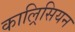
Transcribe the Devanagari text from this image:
काल्रिसियन